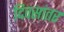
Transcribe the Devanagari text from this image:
दिवसांतर